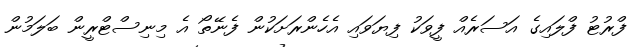
ފްރުޓު ފްލައިގެ އަސަރެއް ފީވަކު ފިޔަވައި އެހެންރަށަކުން ފެނޭތޯ އެ މިނިސްޓްރީން ބަލަމުން